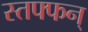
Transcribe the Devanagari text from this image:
स्तफ्फन्